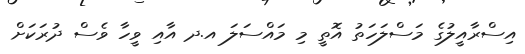
އިސްރާއީލުގެ މަސްލަހަތު އޮތީ މި މައްސަލަ އ.ދ އާއި ވީހާ ވެސް ދުރަކަށް